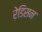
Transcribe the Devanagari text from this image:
रेडिसन